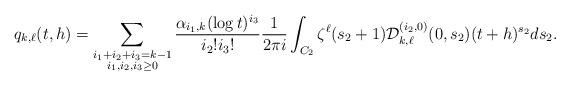
LaTeX: \begin{align*} q_{k,\ell}(t,h) = \sum_{ \substack{i_1+i_2 +i_3 = k-1 \\ i_1,i_2,i_3 \ge 0}} \frac{\alpha_{i_1,k} (\log t)^{i_3}}{i_{2}! i_{3}!} \frac{1}{2 \pi i} \int_{C_2} \zeta^{\ell}(s_2+1) \mathcal{D}_{k,\ell}^{(i_2,0)}(0,s_2) (t+h)^{s_2} ds_2.\end{align*}